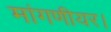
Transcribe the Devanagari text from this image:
मांगणीयर।